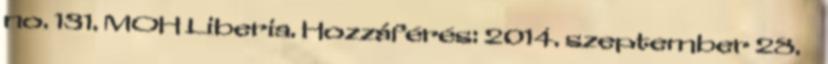
no. 131. MOH Liberia. Hozzáférés: 2014. szeptember 28. ↑